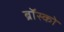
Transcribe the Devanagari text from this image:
ब्रॉस्को